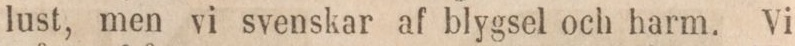
lust, men vi svenskar af blygsel och harm. Vi